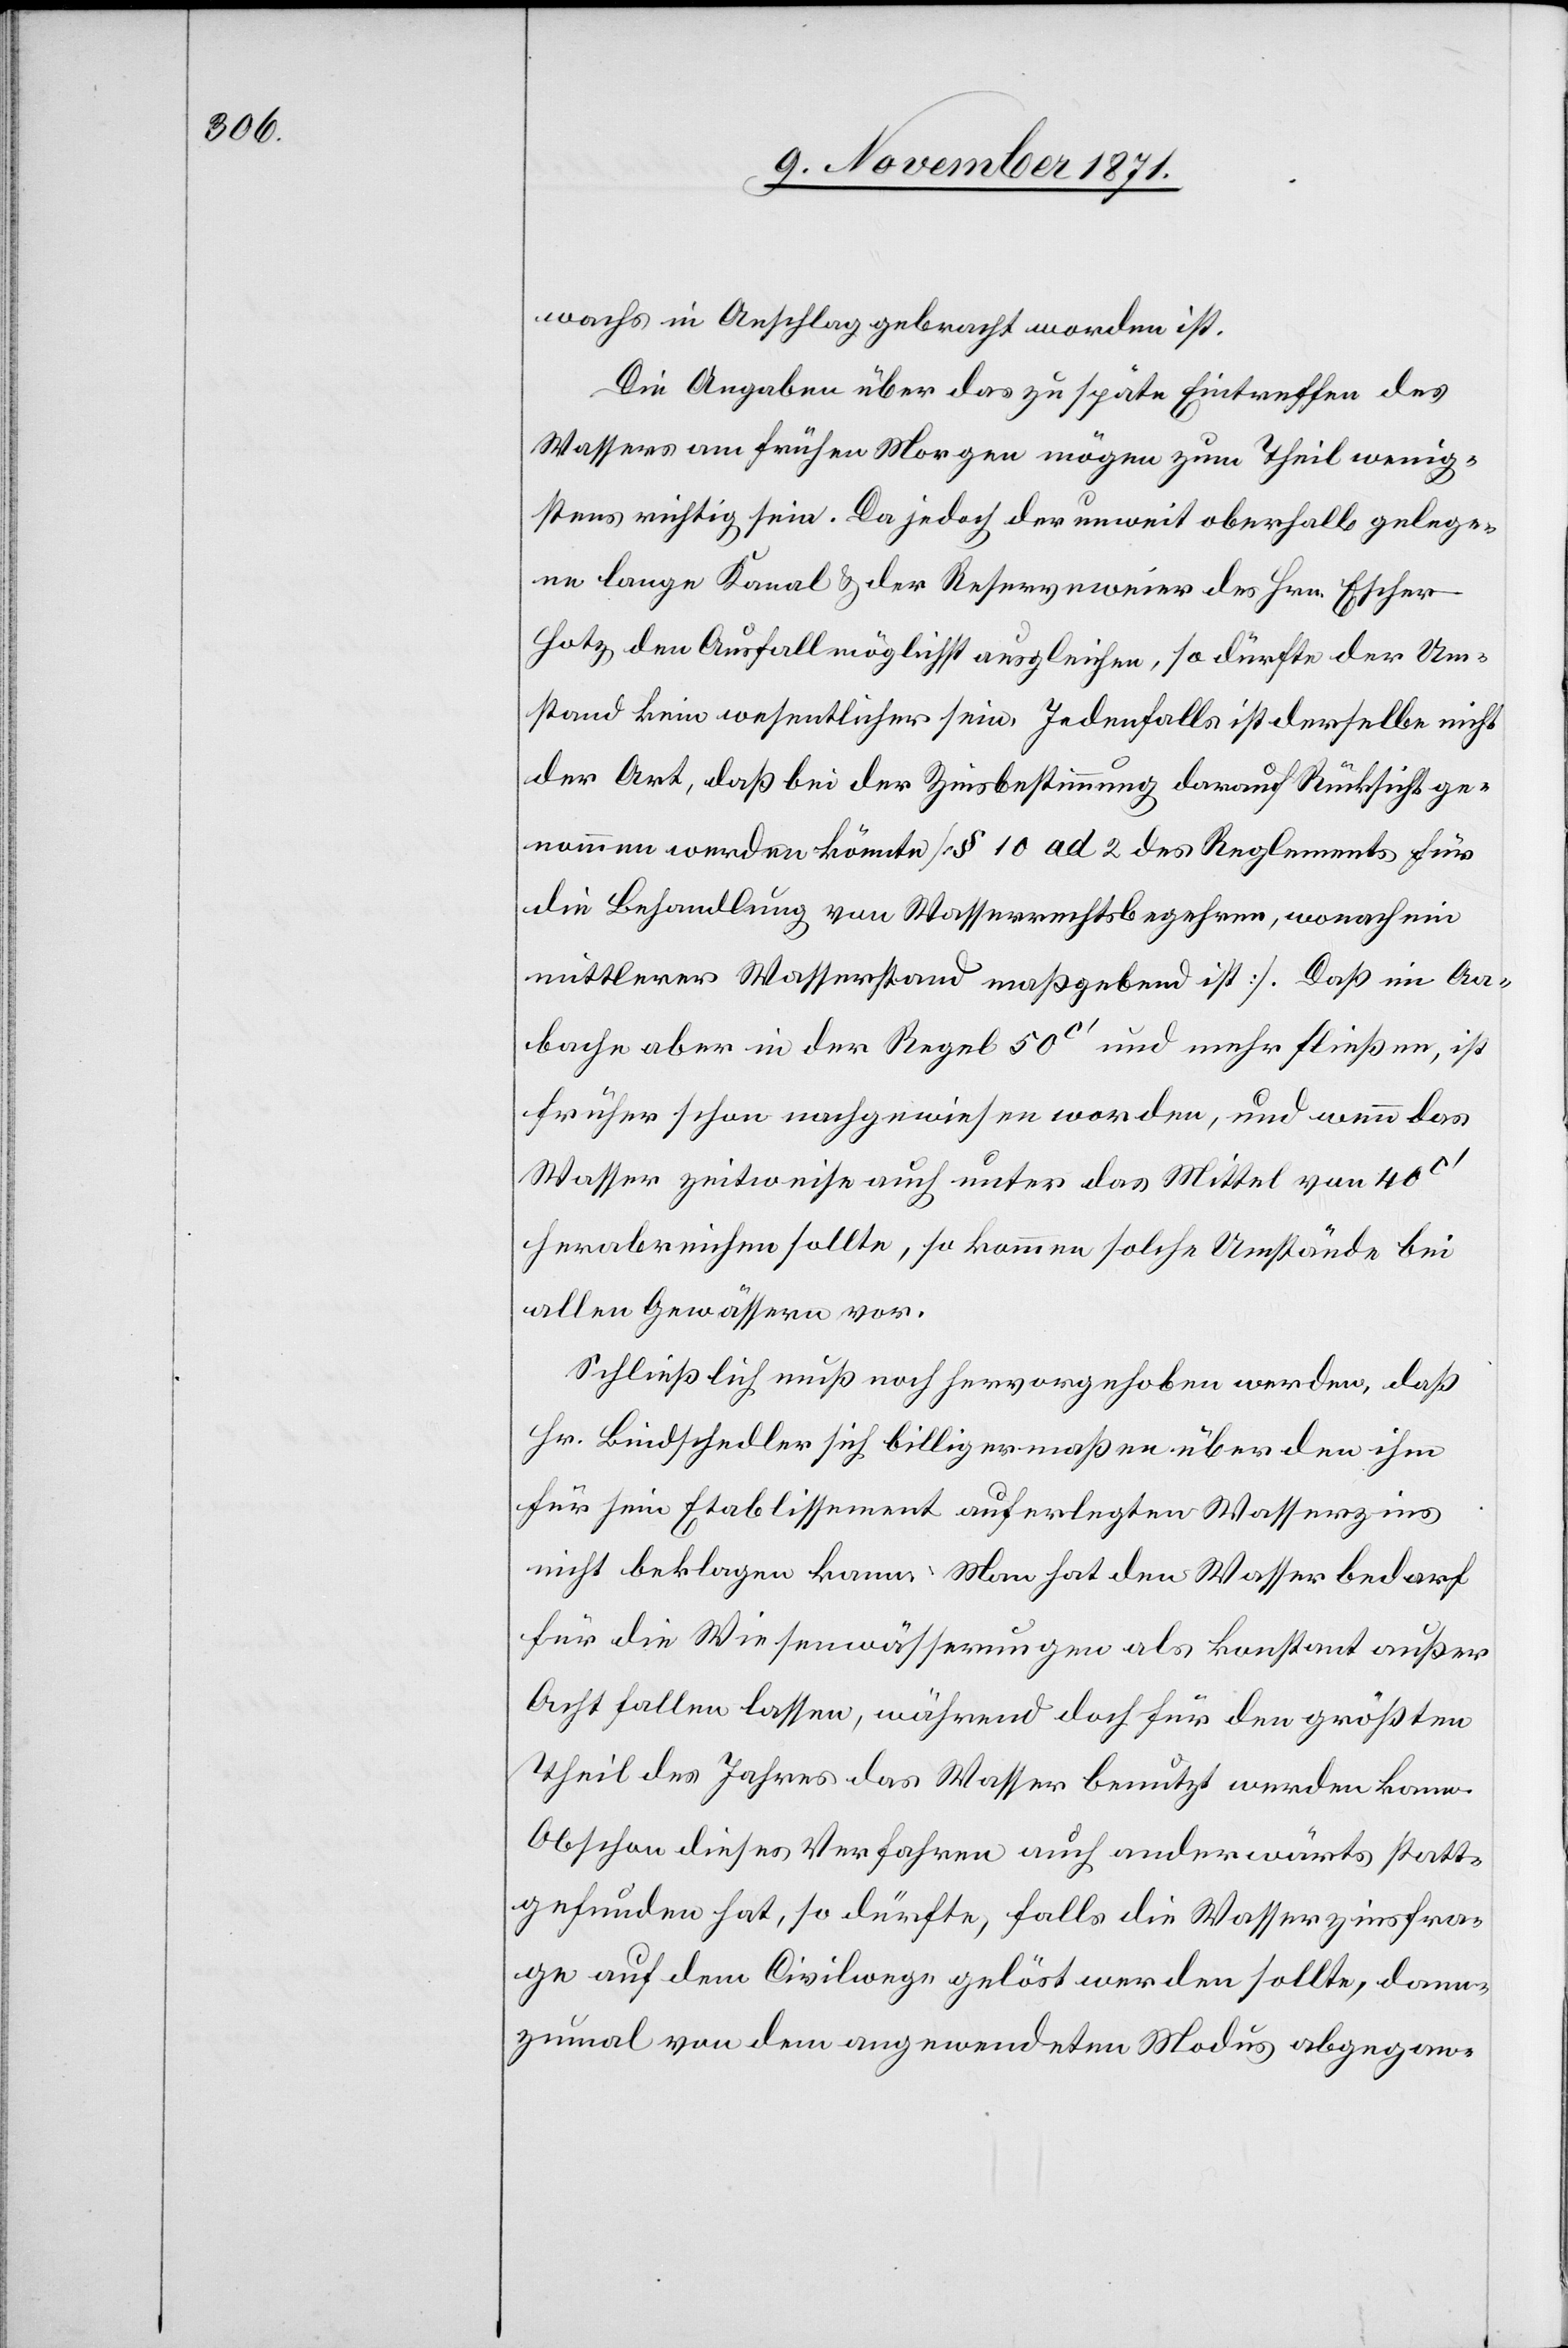
wachs in Anschlag gebracht worden ist.
Die Angaben über das zu späte Eintreffen des
Wassers am frühen Morgen mögen zum Theil wenig¬
stens richtig sein. Da jedoch der unweit oberhalb gelege¬
ne lange Kanal & der Reserveweier des Hrn. Escher-H¬
otz, den Ausfall möglichst ausgleichen, so dürfte der Um¬
stand kein wesentlicher sein. Jedenfalls ist derselbe nicht
der Art, daß bei der Zinsbestimmung darauf Rücksicht ge¬
nommen werden könnte [§ 10 ad 2 des Reglements für
die Behandlung von Wasserrechtsbegehren, wonach ein
mittlerer Wasserstand maßgebend ist]. Daß im Aa¬
bache aber in der Regel 50c’ und mehr fließen, ist
früher schon nachgewiesen worden, und wenn das
Wasser zeitweise auch unter das Mittel von 40c’
herabreichen sollte, so kommen solche Umstände bei
allen Gewässern vor.
Schließlich muß noch hervorgehoben werden, daß
Hr. Bindschedler sich billigermaßen über den ihm
für sein Etablissement auferlegten Wasserzins
nicht beklagen kann. Man hat den Wasserbedarf
für die Wiesenwässerungen als konstant außer
Acht fallen lassen, während doch für den größten
Theil des Jahres das Wasser benutzt werden kann.
Obschon dieses Verfahren auch anderwärts statt¬
gefunden hat, so dürfte, falls die Wasserzinsfra¬
ge auf dem Civilwege gelöst werden sollte, dann¬
zumal von dem angewendeten Modus abgegan-